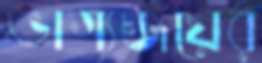
ভাগ্যজয়ের